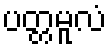
ပတ္တမူလံ